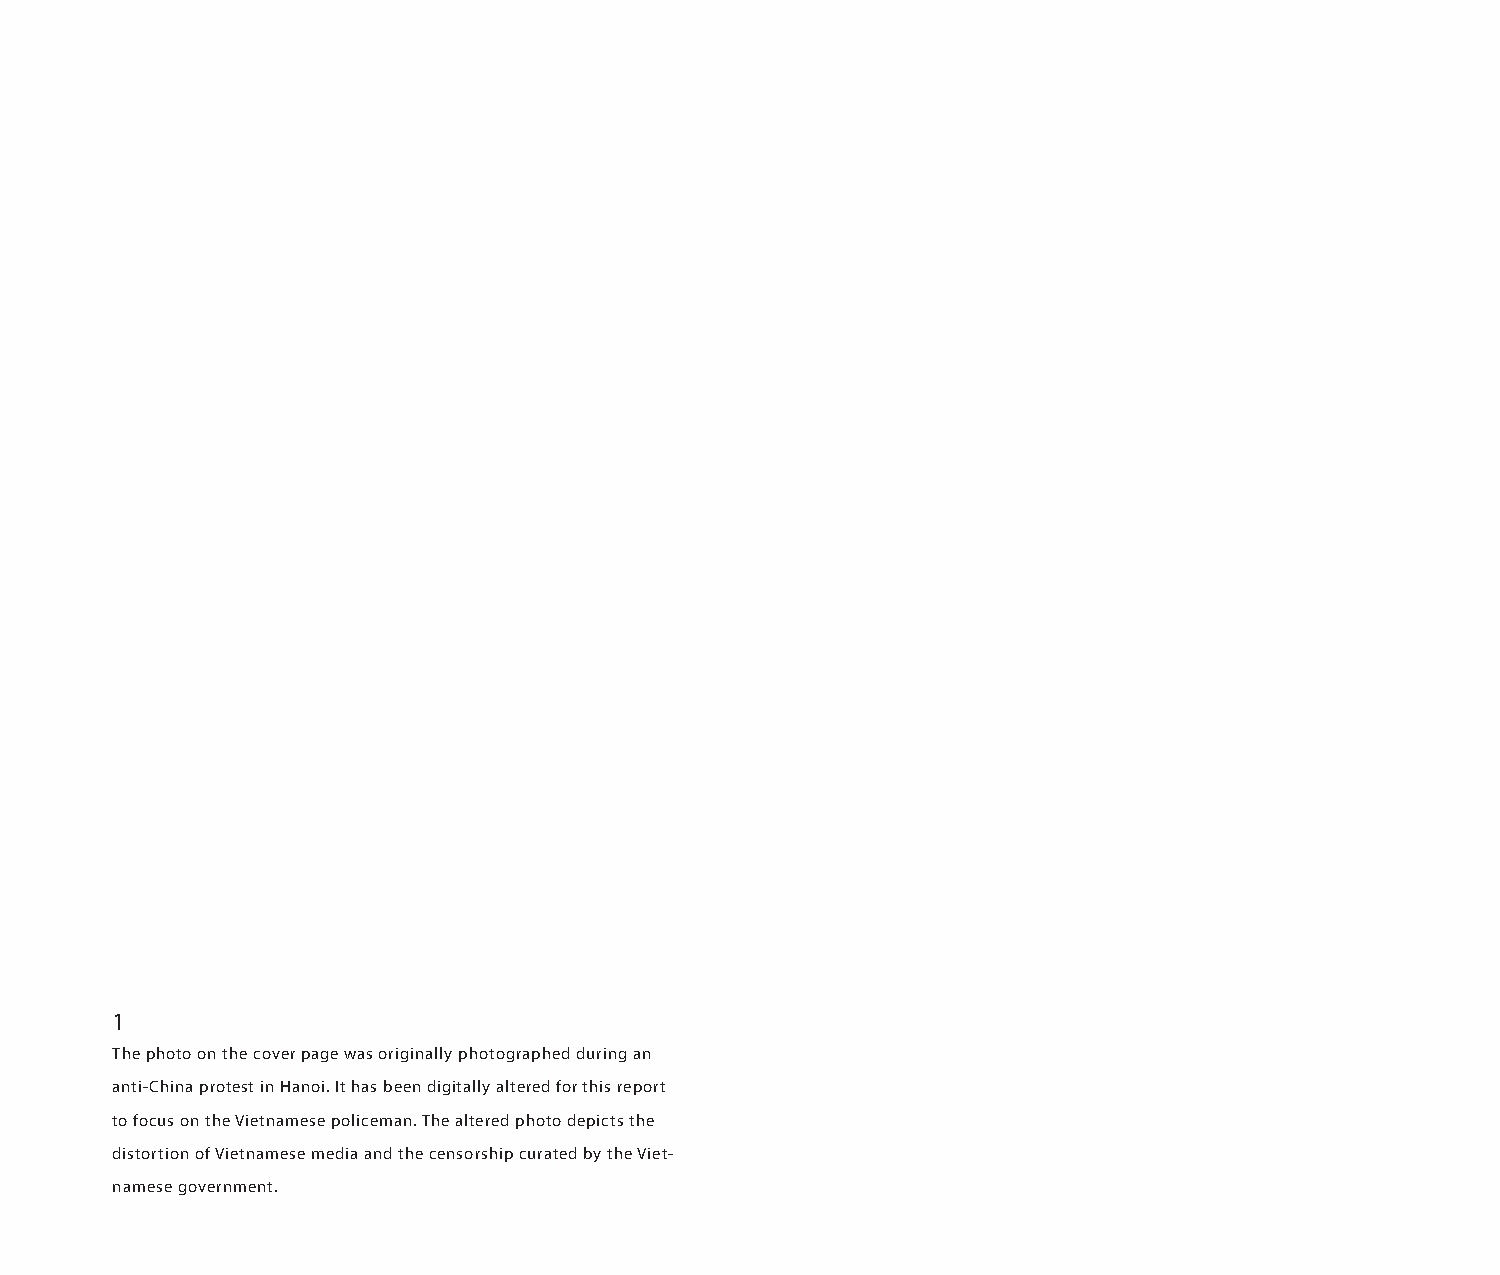
1
 The photo on the cover page was originally photographed during an
 anti-China protest in Hanoi. It has been digitally altered for this report
 to focus on the Vietnamese policeman. The altered photo depicts the
 distortion of Vietnamese media and the censorship curated by the Viet-
 namese government.